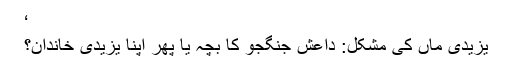
‘
یزیدی ماں کی مشکل: داعش جنگجو کا بچہ یا پھر اپنا یزیدی خاندان؟